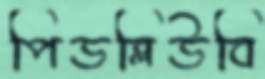
পিডব্লিউবি